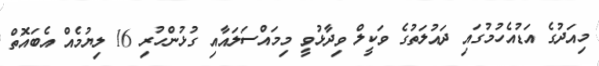
މިއަދުގެ އަޑުއެހުމުގައި ދައުލަތުގެ ވަކީލް ވިދާޅުވީ މިމައްސަލައާއި ގުޅުންހުރި 16 ލިޔުމެއް އެބައޮތް